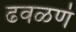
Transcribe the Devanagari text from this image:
ढवळणं